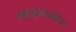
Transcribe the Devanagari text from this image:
कोलेनियलिज्म